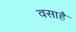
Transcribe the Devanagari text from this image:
वसाहै